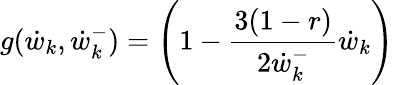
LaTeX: g(\dot{w}_{k},\dot{w}_{k}^{-})=\left(1-\frac{3(1-r)}{2\dot{w}_{k}^{-}}\dot{w}_{k}\right)